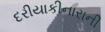
દરીયાકીનારાની